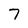
Character: 7